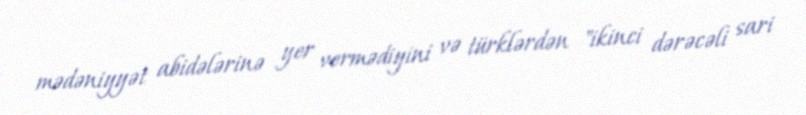
mədəniyyət abidələrinə yer vermədiyini və türklərdən "ikinci dərəcəli sari